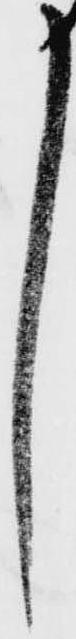
し